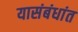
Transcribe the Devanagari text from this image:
यासंबंधांत